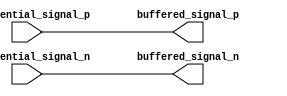
module differential_buffer (
    input wire differential_signal_p,
    input wire differential_signal_n,
    output reg buffered_signal_p,
    output reg buffered_signal_n
);

// Perform level shifting
assign buffered_signal_p = differential_signal_p;
assign buffered_signal_n = differential_signal_n;

// Amplify the signal
// (Code for signal amplification can be added here)

// Provide proper termination
// (Code for termination can be added here)

// Additional features
// (Code for configurable drive strength, output enable control, voltage level translation can be added here)

endmodule